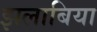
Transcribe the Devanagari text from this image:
झलाबिया